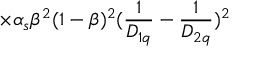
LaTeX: \times \alpha _ { s } \beta ^ { 2 } ( 1 - \beta ) ^ { 2 } ( { \frac { 1 } { D _ { 1 q } } } - { \frac { 1 } { D _ { 2 q } } } ) ^ { 2 }